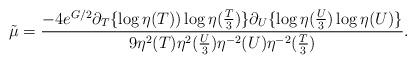
LaTeX: \begin{align*}{\tilde \mu} = \frac{-4e^{G/2} \partial_T \{\log \eta(T))\log \eta(\frac{T}{3})\} \partial_U \{\log \eta(\frac{U}{3}) \log\eta(U) \}}{9\eta^{2}(T) \eta^{2}(\frac{U}{3})\eta^{-2}(U) \eta^{-2}(\frac{T}{3})}.\end{align*}